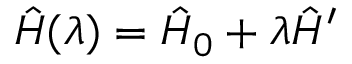
\hat { H } ( \lambda ) = \hat { H } _ { 0 } + \lambda \hat { H } ^ { \prime }